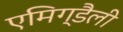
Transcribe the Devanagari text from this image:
एमिग्डैली